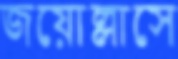
জয়োল্লাসে